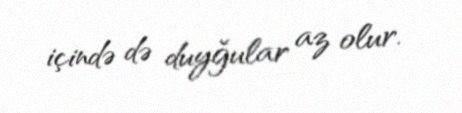
içində də duyğular az olur.